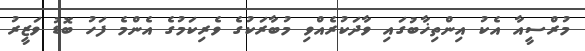
މުރްސީއާ އެކު އިންތިޚާބުގައި ވާދަކުރެއްވި މުބާރަކުގެ ވެރިކަމުގެ އެންމެ ފަހު ބޮޑު ވަޒީރު